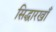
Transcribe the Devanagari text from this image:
सिद्धारखाँ